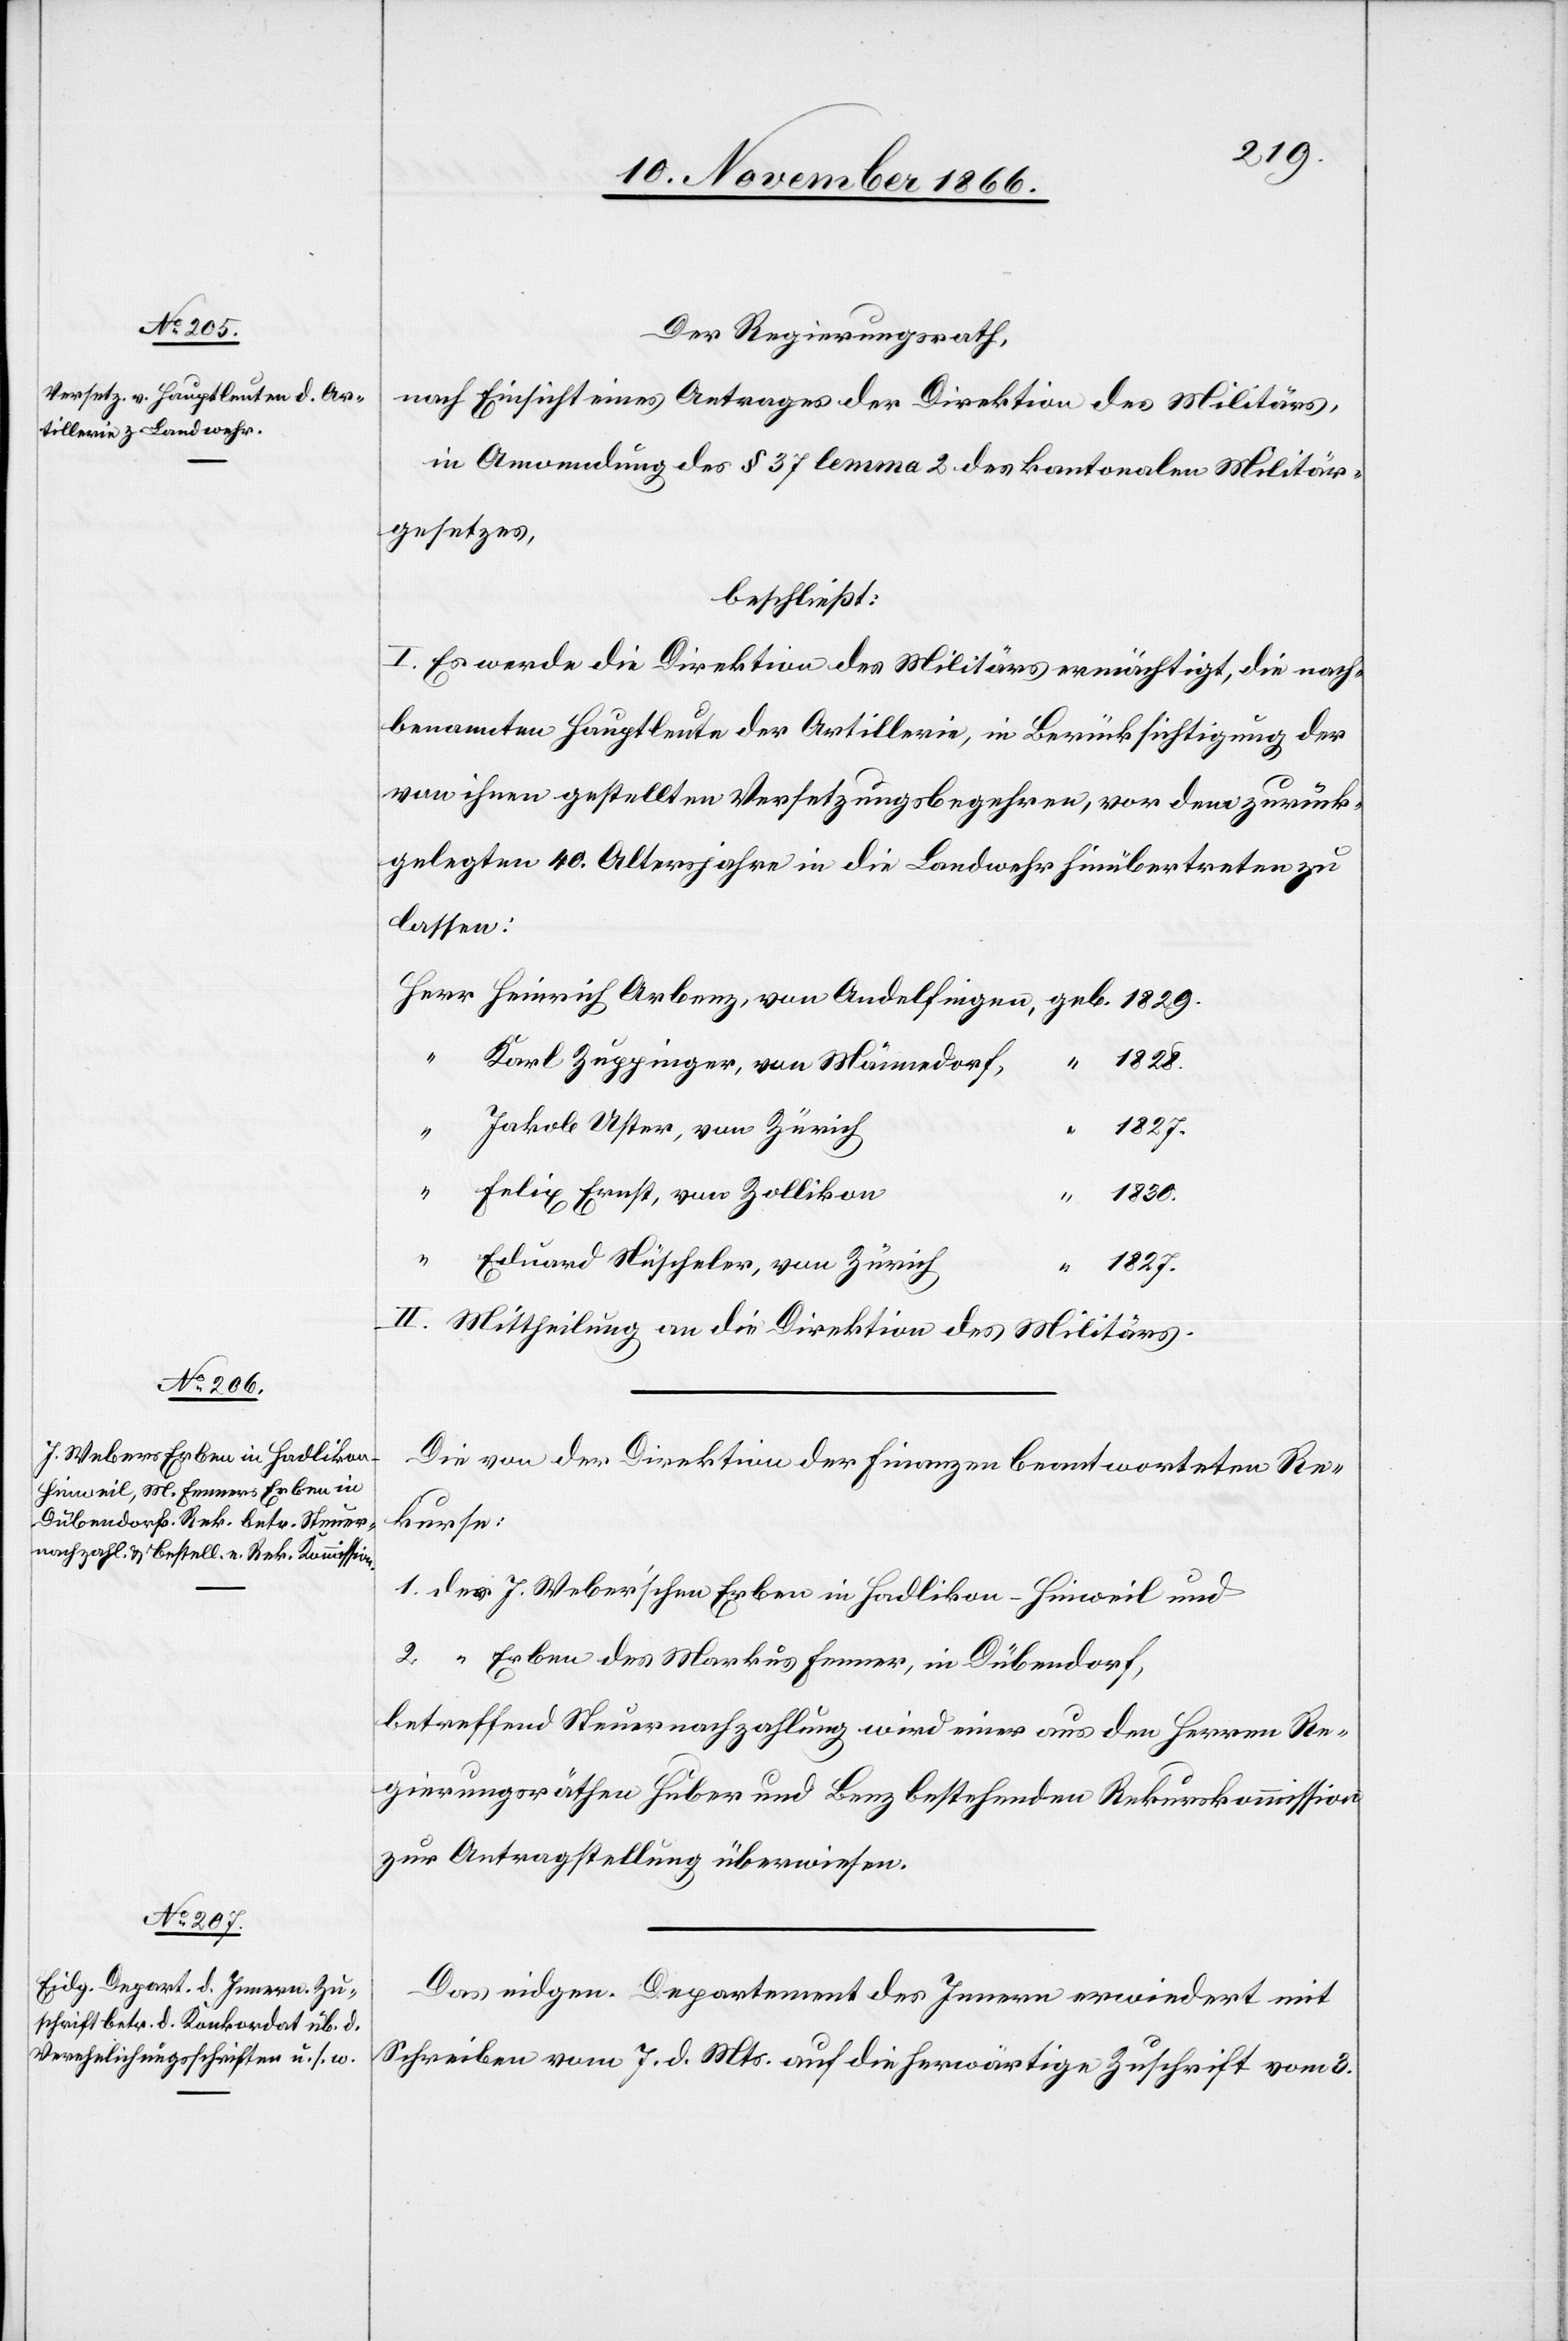
geb.

Der Regierungsrath,
nach Einsicht eines Antrages der Direktion des Militärs,
in Anwendung des § 37 lemma 2 des kantonalen Militär¬
gesetzes,
beschließt:
I. Es werde die Direktion des Militärs ermächtigt, die nach¬
benannten Hauptleute der Artillerie, in Berücksichtigung der
von ihnen gestellten Versetzungsbegehren, vor dem zurück¬
gelegten 40. Altersjahre in die Landwehr hinübertreten zu
lassen:
Karl Zuppinger, von Männedorf,
1828.
Jakob Uster, von Zürich
“
“
Felix Ernst, von Zollikon
“
Eduard Nüscheler, von Zürich
1827.
II. Mittheilung an die Direktion des Militärs.
Die von der Direktion der Finanzen beantworteten Re¬
kurse:
1. der J. Weber’schen Erben in Hadlikon-Hinweil und
2. “ Erben des Markus Fenner, in Dübendorf,
betreffend Steuernachzahlung wird einer aus den Herren Re¬
gierungsräthen Huber und Benz bestehenden Rekurskommission
zur Antragstellung überwiesen.
Das eidgen. Departement des Innern erwiedert mit
Schreiben vom 7. d. Mts auf die herwärtige Zuschrift vom 3.